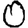
Digit: 0